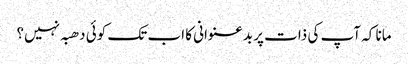
مانا کہ آپ کی ذات پر بدعنوانی کا اب تک کوئی دھبہ نہیں؟